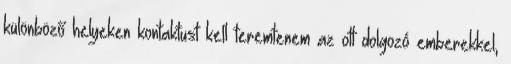
különböző helyeken kontaktust kell teremtenem az ott dolgozó emberekkel,